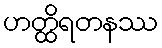
ဟတ္ထိရတနဿ